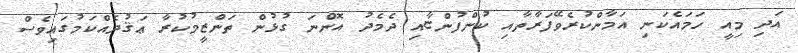
އަދި މިއީ ހަމައެކަނި އަމާންކުރެވޭފަރާތާއި ކުންފުންޏާއި ދެމެދު އޮންނަ ގުޅުން ތަންޒީމުކުރާ ޢަޤުދެއްކަމުގައިވެސް